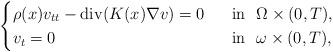
LaTeX: \begin{align*}\begin{cases}\rho(x) v_{tt} - \operatorname{div}(K(x) \nabla v)=0 &~\hbox{ in }~ \Omega\times (0,T), \\v_t=0 &~\hbox{ in }~ \omega\times (0,T),\end{cases}\end{align*}